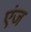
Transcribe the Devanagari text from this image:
एंज